Civil Veterinary Department. Central Provinces & Berar 1925-31 - 1925-1931
Year: 1925
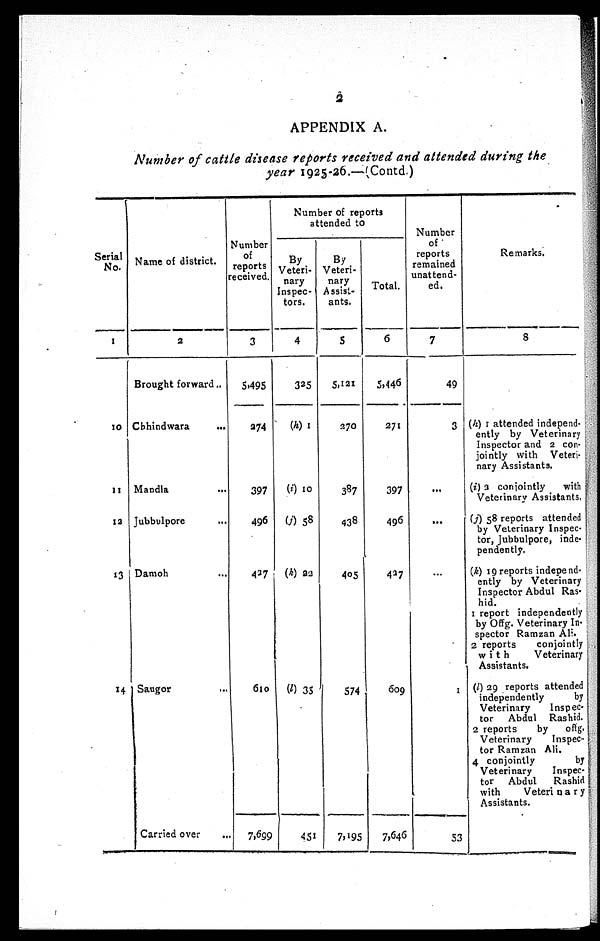
2
APPENDIX A.
Number of cattle disease reports received and attended during the
year 1925-26.—(Contd.)
Serial
No.
1
10
11
12
13
14
Name of district.
2
Brought forward..
Chhindwara
...
Mandla ...
Jubbulpore ...
Damoh ...
Saugor ...
Carried over ...
Number
of
reports
received.
3
5,495
274
397
496
427
610
7,699
Number of reports
attended to
By
Veteri-
nary
Inspec-
tors.
4
325
(h) 1
(i) 10
(j) 58
(k) 22
(l) 35
451
By
Veteri-
nary
Assist-
ants.
5
5,121
270
387
438
405
574
7,195
Total.
6
5,446
271
397
496
437
609
7,646
Number
of
reports
remained
unattend-
ed.
7
49
3
...
...
...
1
53
Remarks.
8
(h) 1 attended independ-
ently by Veterinary
Inspector and 2 con-
jointly with Veteri-
nary Assistants.
(i) 3 conjointly
with
Veterinary Assistants.
(j) 58 reports attended
by Veterinary Inspec-
tor, Jubbulpore, inde-
pendently.
(k) 19 reports independ-
ently by Veterinary
Inspector Abdul Ras¬
hid.
1 report independently
by Offg. Veterinary In-
spector Ramzan Ali.
2 reports
conjointly
with
Veterinary
Assistants.
(l) 29 reports attended
independently
by
Veterinary
Insped
tor Abdul Rashid.
2 reports
by
offg.
Veterinary
Inspec-
tor Ramzan Ali.
4 conjointly
by
Veterinary
Inspec-
tor Abdul
Rashid
with
Veterinary
Assistants.